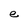
Character: e